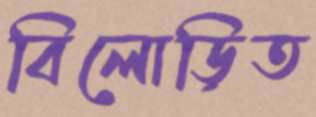
বিলোড়িত